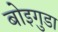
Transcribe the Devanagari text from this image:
बोइगुडा